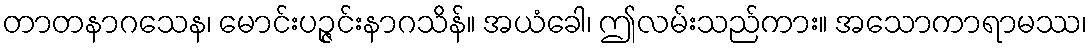
တာတနာဂသေန၊ မောင်းပဉ္ဇင်းနာဂသိန်။ အယံခေါ၊ ဤလမ်းသည်ကား။ အသောကာရာမဿ၊